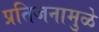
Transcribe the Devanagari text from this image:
प्रतिजनामुळे